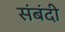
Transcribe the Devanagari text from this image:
संबंदी